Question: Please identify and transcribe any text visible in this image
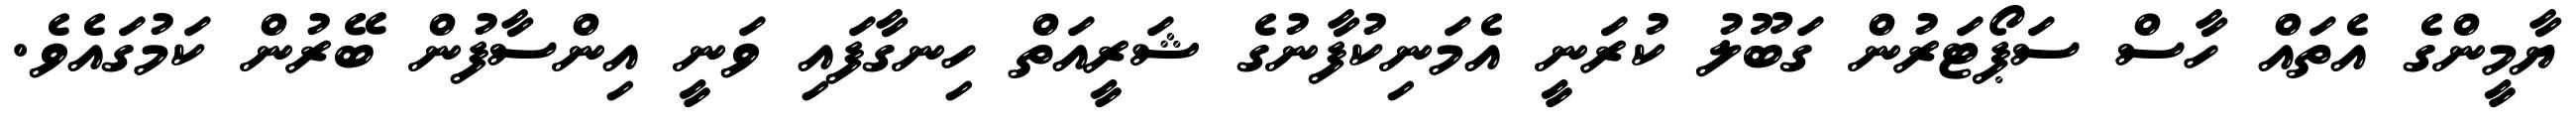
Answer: ޔާމީންގެ އެތައް ހާސް ސަޕޯޓަރުން ގަބޫލު ކުރަނީ އެމަނިކުފާނުގެ ޝަރީއަތް ހިނގާފައި ވަނީ އިންސާފުން ބޭރުން ކަމުގައެވެ.